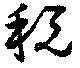
税